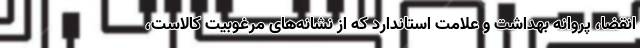
انقضا، پروانه بهداشت و علامت استاندارد که از نشانه‌های مرغوبیت کالاست،